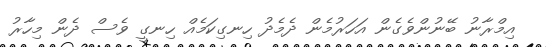
އިމްރާނު ބޭނުންވެގެން އަހަރުމެން ދެމެދު ހިނގިކަމެއް ހިނގީ ވެސް ދެން މިހާރު